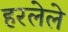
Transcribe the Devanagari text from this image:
हरलेले